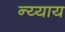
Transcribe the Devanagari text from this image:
न्य्याय